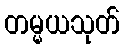
တမ္မယသုတ်